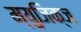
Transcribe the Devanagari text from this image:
म्युजिक्ज